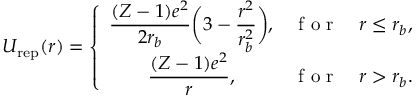
U _ { \mathrm { r e p } } ( r ) = \left\{ \begin{array} { c c c } { \displaystyle \frac { ( Z - 1 ) e ^ { 2 } } { 2 r _ { b } } \bigg ( 3 - \frac { r ^ { 2 } } { r _ { b } ^ { 2 } } \bigg ) , } & { \mathrm { ~ f ~ o ~ r ~ } } & { r \leq r _ { b } , } \\ { \displaystyle \frac { ( Z - 1 ) e ^ { 2 } } { r } , } & { \mathrm { ~ f ~ o ~ r ~ } } & { r > r _ { b } . } \end{array} \right.